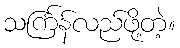
သင်္ကြန်လည်ဖို့တဲ့။